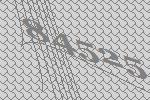
84525